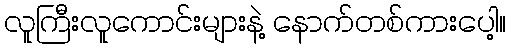
လူကြီးလူကောင်းများနဲ့ နောက်တစ်ကားပေါ့။